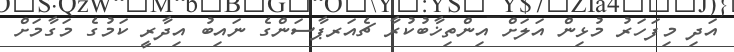
އަދި މިފަހަރު މުޅިން އަލަށް އިންތިޚާބުކުރާ ޗެއަރޕާސަންގެ ނައިބު އިދާރީ ކަމުގެ މަގާމަށް